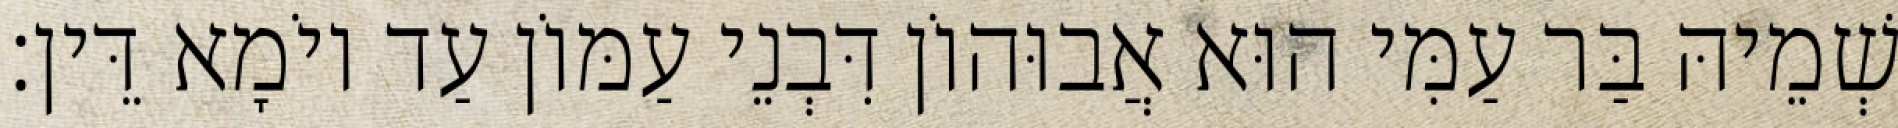
שְׁמֵיהּ בַּר עַמִּי הוּא אֲבוּהוֹן דִּבְנֵי עַמּוֹן עַד יוֹמָא דֵּין׃